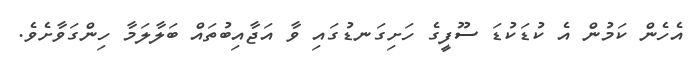
އެހެން ކަމުން އެ ކުޑަކުޑަ ސޫފީގެ ހަށިގަނޑުގައި ވާ އަޖާއިބުތައް ބަލާލަމާ ހިންގަވާށެވެ.